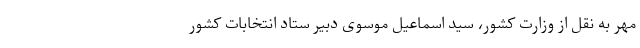
مهر به نقل از وزارت کشور، سید اسماعیل موسوی دبیر ستاد انتخابات کشور